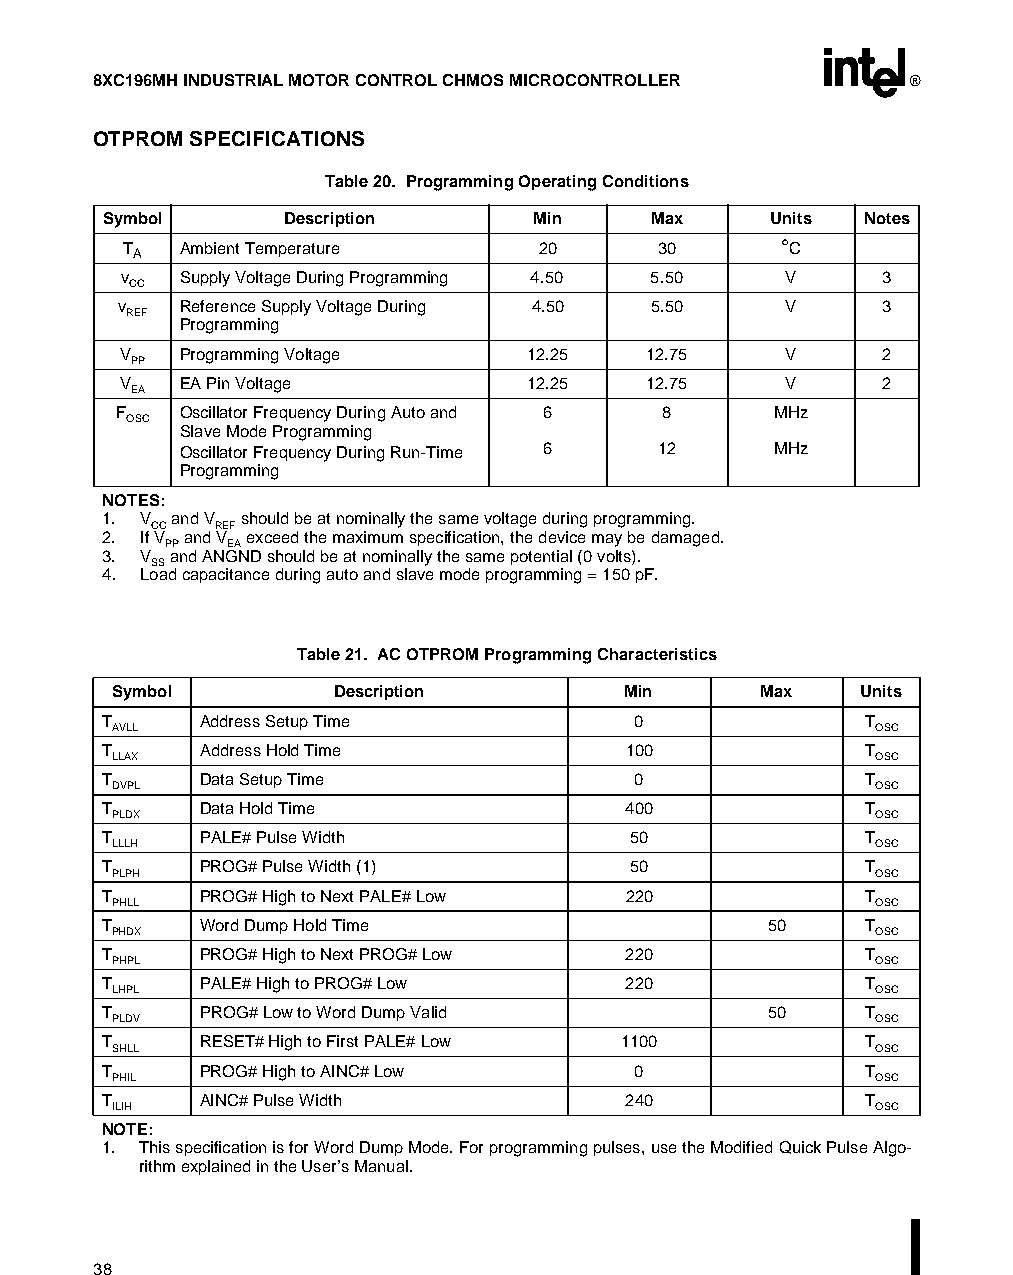
8XC196MH INDUSTRIAL MOTOR CONTROL CHMOS MICROCONTROLLER ®
 OTPROM SPECIFICATIONS
 Table 20. Programming Operating Conditions
 Symbol       Description     Min     Max     Units Notes
 T   Ambient Temperature    20      30      °C
 A
 v   Supply Voltage During Programming 4.50 5.50 V 3
 CC
 v    Reference Supply Voltage During 4.50 5.50 V   3
 REF
 Programming
 V   Programming Voltage    12.25  12.75     V     2
 PP
 V   EA Pin Voltage         12.25  12.75     V     2
 EA
 F    Oscillator Frequency During Auto and 6 8 MHz
 OSC
 Slave Mode Programming
 Oscillator Frequency During Run-Time 6 12 MHz
 Programming
 NOTES:
 1. V and V should be at nominally the same voltage during programming.
 CC  REF
 2. If V and V exceed the maximum specification, the device may be damaged.
 PP  EA
 3. V and ANGND should be at nominally the same potential (0 volts).
 SS
 4. Load capacitance during auto and slave mode programming = 150 pF.
 Table 21. AC OTPROM Programming Characteristics
 Symbol         Description        Min      Max    Units
 T      Address Setup Time           0              T
 AVLL                                               OSC
 T      Address Hold Time           100             T
 LLAX                                               OSC
 T      Data Setup Time              0              T
 DVPL                                               OSC
 T      Data Hold Time              400             T
 PLDX                                               OSC
 T      PALE# Pulse Width           50              T
 LLLH                                               OSC
 T      PROG# Pulse Width (1)       50              T
 PLPH                                               OSC
 T      PROG# High to Next PALE# Low 220            T
 PHLL                                               OSC
 T      Word Dump Hold Time                   50    T
 PHDX                                               OSC
 T      PROG# High to Next PROG# Low 220            T
 PHPL                                               OSC
 T      PALE# High to PROG# Low     220             T
 LHPL                                               OSC
 T      PROG# Low to Word Dump Valid          50    T
 PLDV                                               OSC
 T      RESET# High to First PALE# Low 1100         T
 SHLL                                               OSC
 T      PROG# High to AINC# Low      0              T
 PHIL                                               OSC
 T      AINC# Pulse Width           240             T
 ILIH                                               OSC
 NOTE:
 1. This specification is for Word Dump Mode. For programming pulses, use the Modified Quick Pulse Algo-
 rithm explained in the User’s Manual.
 38